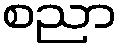
စညာ